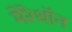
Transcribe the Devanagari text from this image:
मेरेथॉन